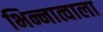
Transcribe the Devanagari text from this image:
भिन्नात्वाला